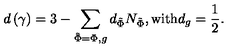
d \left( \gamma \right) = 3 - \sum _ { \tilde { \Phi } = \Phi , g } d _ { \tilde { \Phi } } N _ { \tilde { \Phi } } , \mathrm { w i t h } d _ { g } = \frac 1 2 .